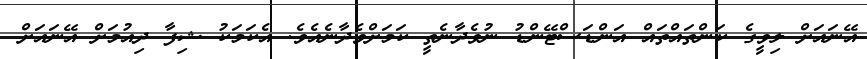
އޭނައަށް ލިވީގެ ކަންތައްތައް އަންޑަސްޓޭންޑު ނުވެދާނެތީ ކަމަށްވެދާނެއެވެ. އެކަމަކު ޝިފާ ދިއުމަށް އޭނައަށް